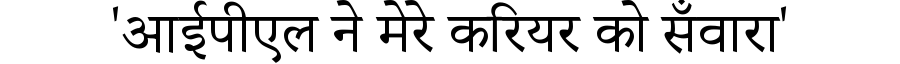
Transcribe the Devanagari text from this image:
'आईपीएल ने मेरे करियर को सँवारा'